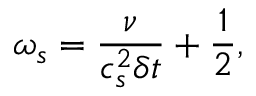
\omega _ { s } = \frac { \nu } { c _ { s } ^ { 2 } \delta t } + \frac { 1 } { 2 } ,